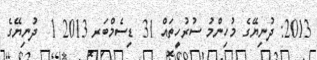
2013: ދުނިޔޭގެ މުހިންމު ސުރުހީތައް 31 ޑިސެމްބަރ 2013 1  ދުނިޔޭގެ